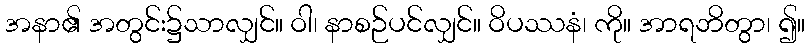
အနာ၏ အတွင်း၌သာလျှင်။ ဝါ၊ နာစဉ်ပင်လျှင်။ ဝိပဿနံ၊ ကို။ အာရဘိတွာ၊ ၍။